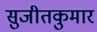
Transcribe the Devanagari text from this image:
सुजीतकुमार